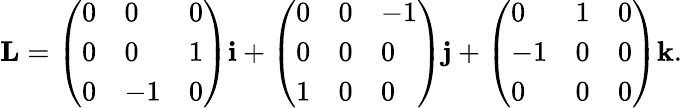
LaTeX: \mathbf{L}={\left(\begin{array}{lll}{0}&{0}&{0}\\ {0}&{0}&{1}\\ {0}&{-1}&{0}\end{array}\right)}\mathbf{i}+{\left(\begin{array}{lll}{0}&{0}&{-1}\\ {0}&{0}&{0}\\ {1}&{0}&{0}\end{array}\right)}\mathbf{j}+{\left(\begin{array}{lll}{0}&{1}&{0}\\ {-1}&{0}&{0}\\ {0}&{0}&{0}\end{array}\right)}\mathbf{k}.